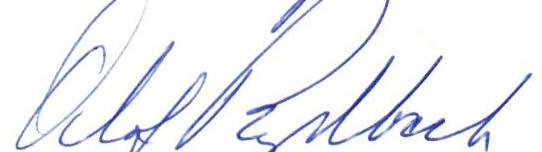
Olof Rydbeck